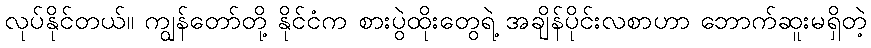
လုပ်နိုင်တယ်။ ကျွန်တော်တို့ နိုင်ငံက စားပွဲထိုးတွေရဲ့ အချိန်ပိုင်းလစာဟာ ဘောက်ဆူးမရှိတဲ့